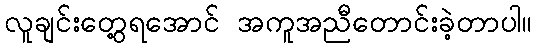
လူချင်းတွေ့ရအောင် အကူအညီတောင်းခဲ့တာပါ။